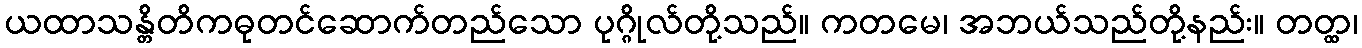
ယထာသန္တိတိကဓုတင်ဆောက်တည်သော ပုဂ္ဂိုလ်တို့သည်။ ကတမေ၊ အဘယ်သည်တို့နည်း။ တတ္ထ၊